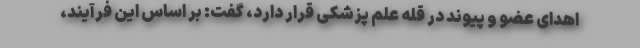
اهدای عضو و پیوند در قله علم پزشکی قرار دارد، گفت: بر اساس این فرآیند،